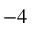
- 4